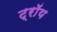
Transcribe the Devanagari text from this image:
ट्राॅय